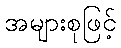
အများစုဖြင့်